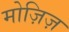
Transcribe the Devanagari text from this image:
मोज़िज़